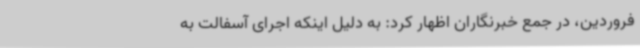
فروردین، در جمع خبرنگاران اظهار کرد: به دلیل اینکه اجرای آسفالت به